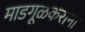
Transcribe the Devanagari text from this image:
माडगूळकरांना